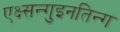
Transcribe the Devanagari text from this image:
एक्ष्सन्गुइनतिन्ग